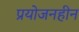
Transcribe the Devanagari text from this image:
प्रयोजनहीन